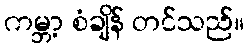
ကမ္ဘာ့ စံချိန် တင်သည်။